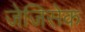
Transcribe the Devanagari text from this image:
जेजिसेक